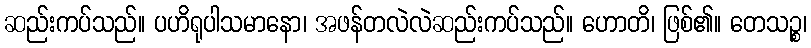
ဆည်းကပ်သည်။ ပဟိရုပါသမာနော၊ အဖန်တလဲလဲဆည်းကပ်သည်။ ဟောတိ၊ ဖြစ်၏။ တေသဉ္စ၊